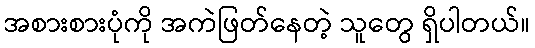
အစားစားပုံကို အကဲဖြတ်နေတဲ့ သူတွေ ရှိပါတယ်။